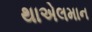
થાએલમાન